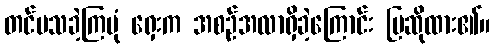
တင်ပသခဲ့ကြပုံ ရှေးက အစဉ်အလာရှိခဲ့ကြောင်း ပြဆိုထား၏။